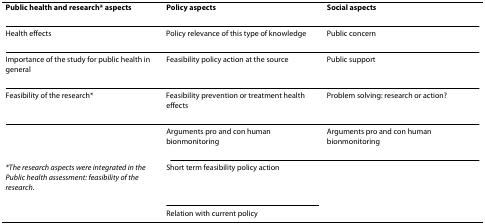
<table><thead><tr><td><b>Public health and research* aspects</b></td><td><b>Policy aspects</b></td><td><b>Social aspects</b></td></tr></thead><tbody><tr><td>Health effects</td><td>Policy relevance of this type of knowledge</td><td>Public concern</td></tr><tr><td>Importance of the study for public health in general</td><td>Feasibility policy action at the source</td><td>Public support</td></tr><tr><td>Feasibility of the research*</td><td>Feasibility prevention or treatment health effects</td><td>Problem solving: research or action?</td></tr><tr><td></td><td>Arguments pro and con human bionmonitoring</td><td>Arguments pro and con human bionmonitoring</td></tr><tr><td><i>*The research aspects were integrated in the Public health assessment: feasibility of the research</i>.</td><td>Short term feasibility policy action</td><td></td></tr><tr><td></td><td>Relation with current policy</td><td></td></tr></tbody></table>